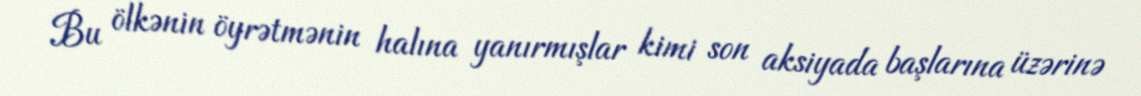
Bu ölkənin öyrətmənin halına yanırmışlar kimi son aksiyada başlarına üzərinə